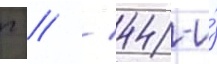
г // / 44-и́